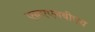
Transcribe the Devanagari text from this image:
एऩएएनबीएच